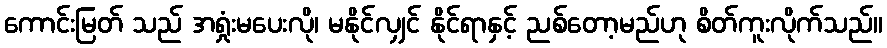
ကောင်းမြတ် သည် အရှုံးမပေးလို၊ မနိုင်လျှင် နိုင်ရာနှင့် ညစ်တော့မည်ဟု စိတ်ကူးလိုက်သည်။